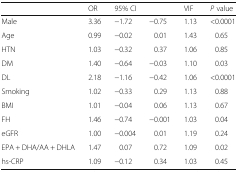
<table><thead><tr><td></td><td><b>OR</b></td><td colspan="2"><b>95% CI</b></td><td><b>VIF</b></td><td><b><i>P</i> value</b></td></tr></thead><tbody><tr><td>Male</td><td>3.36</td><td>−1.72</td><td>−0.75</td><td>1.13</td><td>&lt;0.0001</td></tr><tr><td>Age</td><td>0.99</td><td>−0.02</td><td>0.01</td><td>1.43</td><td>0.65</td></tr><tr><td>HTN</td><td>1.03</td><td>−0.32</td><td>0.37</td><td>1.06</td><td>0.85</td></tr><tr><td>DM</td><td>1.40</td><td>−0.64</td><td>−0.03</td><td>1.10</td><td>0.03</td></tr><tr><td>DL</td><td>2.18</td><td>−1.16</td><td>−0.42</td><td>1.06</td><td>&lt;0.0001</td></tr><tr><td>Smoking</td><td>1.02</td><td>−0.33</td><td>0.29</td><td>1.13</td><td>0.88</td></tr><tr><td>BMI</td><td>1.01</td><td>−0.04</td><td>0.06</td><td>1.13</td><td>0.67</td></tr><tr><td>FH</td><td>1.46</td><td>−0.74</td><td>−0.001</td><td>1.03</td><td>0.04</td></tr><tr><td>eGFR</td><td>1.00</td><td>−0.004</td><td>0.01</td><td>1.19</td><td>0.24</td></tr><tr><td>EPA + DHA/AA + DHLA</td><td>1.47</td><td>0.07</td><td>0.72</td><td>1.09</td><td>0.02</td></tr><tr><td>hs-CRP</td><td>1.09</td><td>−0.12</td><td>0.34</td><td>1.03</td><td>0.45</td></tr></tbody></table>